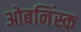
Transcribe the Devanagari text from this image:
ओबनिंस्क